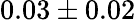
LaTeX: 0.03\pm 0.02